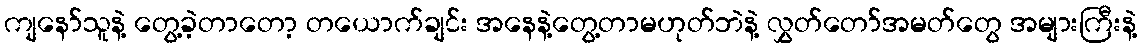
ကျနော်သူနဲ့ တွေ့ခဲ့တာတော့ တယောက်ချင်း အနေနဲ့တွေ့တာမဟုတ်ဘဲနဲ့ လွှတ်တော်အမတ်တွေ အများကြီးနဲ့